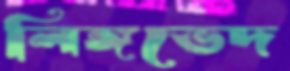
লিঙ্গভেদ